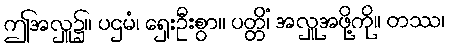
ဤအလှူ၌။ ပဌမံ၊ ရှေးဦးစွာ။ ပတ္တိံ၊ အလှူအဖို့ကို။ တဿ၊